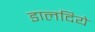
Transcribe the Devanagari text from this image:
डालदिये